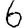
Digit: 6